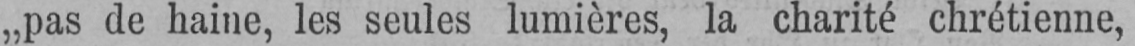
„pas de haine, les seules lumières, la charité chrétienne,